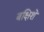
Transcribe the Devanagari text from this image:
बक्षिशे